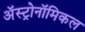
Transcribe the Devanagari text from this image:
अॅस्ट्रोनॉमिकल